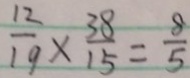
\frac { 1 2 } { 1 9 } \times \frac { 3 8 } { 1 5 } = \frac { 8 } { 5 }